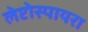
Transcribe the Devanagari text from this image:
लेप्टोस्पायरा